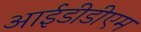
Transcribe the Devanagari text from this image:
आईडीडीएम